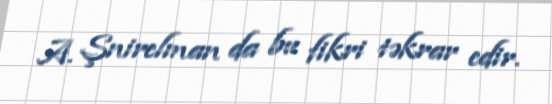
A. Şnirelman da bu fikri təkrar edir.